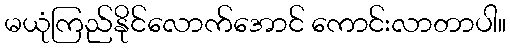
မယုံကြည်နိုင်လောက်အောင် ကောင်းလာတာပါ။